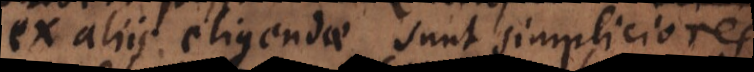
Ex aliis eligendae sunt simpliciores